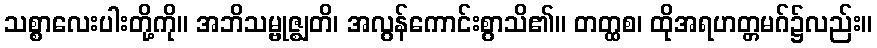
သစ္စာလေးပါးတို့ကို။ အဘိသမ္ဗုဇ္ဈတိ၊ အလွန်ကောင်းစွာသိ၏။ တတ္ထစ၊ ထိုအရဟတ္တမဂ်၌လည်း။